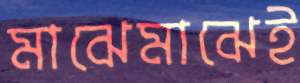
মাঝেমাঝেই